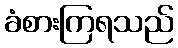
ခံစားကြရသည်